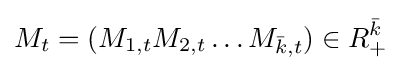
M_{t}=(M_{1,t}M_{2,t}\dots M_{{\bar {k}},t})\in R_{+}^{\bar {k}}